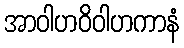
အာဝါဟဝိဝါဟကာနံ